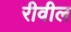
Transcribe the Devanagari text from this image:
रीवील